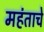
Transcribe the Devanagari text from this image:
महंताचे